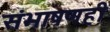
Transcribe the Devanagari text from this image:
संभाषणही